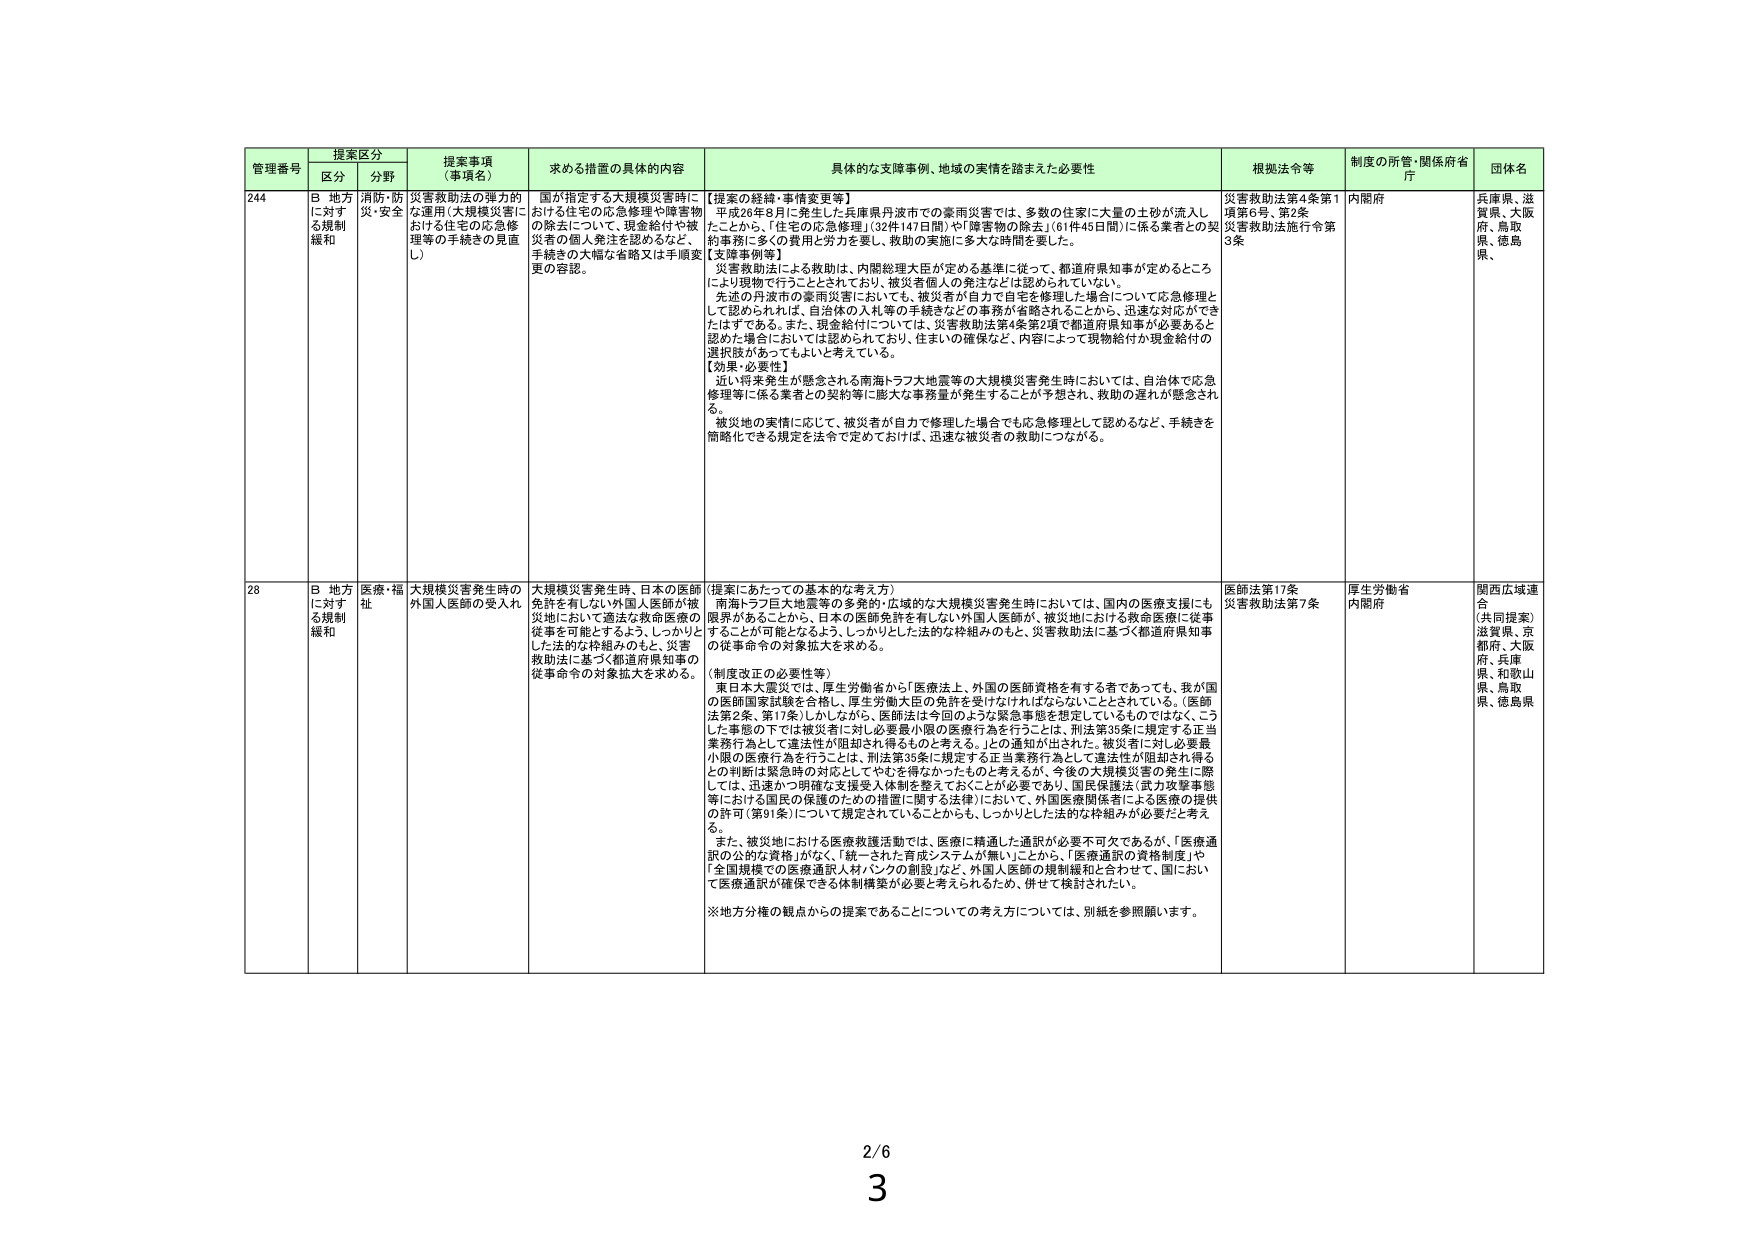
管理番号 提案区分 提案事項（事項名） 求める措置の具体的内容 具体的な支援事例、地域の実情を踏まえた必要性 根拠法令等 制度の所管・関係府省庁 団体名
区分 分野
244 B 地方に対する規制緩和 消防・防災・安全 災害救助法の弾力的な運用（大規模災害における住宅の応急修理等の手続きの見直し） 国が指定する大規模災害時に、おける住宅の応急修理や障害物の除去について、現金給付や被災者の個人発注を認めるなど、手続きの大幅な省略又は手順変更の容認。 【提案の経緯・事例等】 平成26年8月に発生した兵庫県丹波市での豪雨災害では、多数の住家に大量の土砂が流入したことから、「住宅の応急修理」（32件147日間）や「障害物の除去」（61件45日間）に係る業者との契約事務に多くの費用と労力を要し、救助の実施に多大な時間を要した。 【支援事例等】 災害救助法による救助は、内閣総理大臣が定める基準に従って、都道府県知事が定めるところにより現物で行うこととされており、被災者個人の発注などは認められていない。 先述の丹波市の豪雨災害においても、被災者が自力で自宅を修理した場合について応急修理として認められれば、自治体の入札等の手続きなどの事務が省略されることから、迅速な対応ができたはずである。また、現金給付については、災害救助法第4条第2項で都道府県知事が必要あると認めた場合においては認められており、住まいの確保など、内容によって現物給付か現金給付の選択肢があってもよいと考えている。 【効果・必要性】 近い将来発生が懸念される南海トラフ大地震等の大規模災害発生時においては、自治体で応急修理等に係る業者との契約等に膨大な事務量が発生することが予想され、救助の遅れが懸念される。 被災地の実情に応じて、被災者が自力で修理した場合でも応急修理として認めるなど、手続きを簡略化できる規定を法令で定めておけば、迅速な被災者の救助につながる。 災害救助法第4条第1項第6号、第2条 災害救助法施行令第3条 内閣府 兵庫県、滋賀県、大阪府、鳥取県、徳島県、
28 B 地方に対する規制緩和 医療・福祉 大規模災害発生時の外国人医師の受入れ 大規模災害発生時、日本の医師免許を有しない外国人医師が被災地において違法な救命医療の実施を可能とするよう、しっかりとした法的な枠組みのもと、災害救助法に基づく都道府県知事の従事命令の対象拡大を求める。 【提案にあたっての基本的な考え方】 南海トラフ巨大地震等の多発的・広域的な大規模災害発生時においては、国内の医療支援にも限界があることから、日本の医師免許を有しない外国人医師が、被災地における救命医療に従事することが可能となるよう、しっかりとした法的な枠組みのもと、災害救助法に基づく都道府県知事の従事命令の対象拡大を求める。 （制度改正の必要性等） 東日本大震災では、厚生労働省から「医療法上、外国の医師資格を有する者であっても、我が国の医師国家試験を合格し、厚生労働大臣の免許を受けなければならないこととされている。（医師法第2条、第17条）」から、医師法は今回のような緊急事態を想定しているものではなく、こうした事態の下では被災者に対し必要最小限の医療行為を行うことは、刑法第35条に規定する正当業務行為として違法性が阻却され得るものと考える。」との通知が出された。被災者に対し必要最小限の医療行為を行うことは、刑法第35条に規定する正当業務行為として違法性が阻却され得るとの判断は緊急時の対応としてややを得なかったものと考えるが、今後の大規模災害の発生に際しては、迅速かつ明確な支援受入体制を整えておくことが必要であり、国民保護法（武力攻撃事態等における国民の保護のための措置に関する法律）において、外国医療関係者による医療の提供の許可（第91条）について規定されていることからも、しっかりとした法的な枠組みが必要だと考える。 また、被災地における医療救護活動では、医療に精通した通訳が必要不可欠であるが、「医療通訳の公的な資格」がなく、「統一された育成システムが無い」ことから、「医療通訳の資格制度」や「全国規模での医療通訳人材バンクの創設」など、外国人医師の規制緩和と合わせて、国において医療通訳が確保できる体制構築が必要と考えられるため、併せて検討されたい。 ※地方分権の観点からの提案であることについての考え方については、別紙を参照願います。 医師法第17条 災害救助法第7条 厚生労働省内閣府 関西広域連合 （共同提案） 滋賀県、京都府、大阪府、兵庫県、和歌山県、鳥取県、徳島県
2/6
3